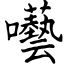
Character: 囈